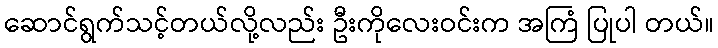
ဆောင်ရွက်သင့်တယ်လို့လည်း ဦးကိုလေးဝင်းက အကြံ ပြုပါ တယ်။